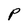
Character: P